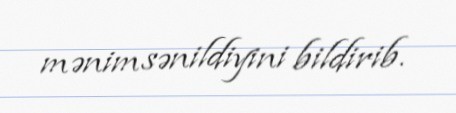
mənimsənildiyini bildirib.